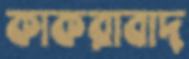
কাকরাবাদ